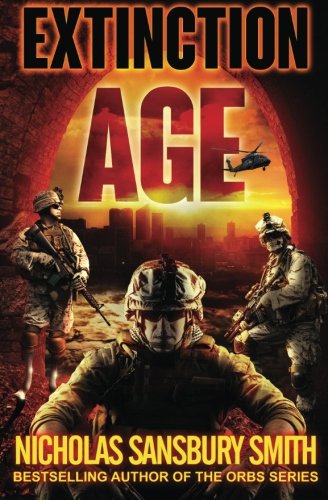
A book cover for Extinction Age (Extinction Cycle) (Volume 3); Nicholas Sansbury Smith; Science Fiction & Fantasy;